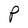
Character: P